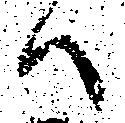
ハ